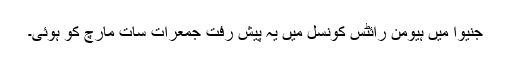
جنيوا ميں ہيومن رائٹس کونسل ميں يہ پيش رفت جمعرات سات مارچ کو ہوئی۔